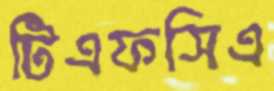
টিএফসিএ